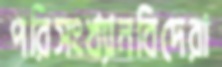
পরিসংখ্যানবিদেরা